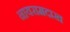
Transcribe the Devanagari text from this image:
नायरामदाख